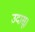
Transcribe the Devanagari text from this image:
उदासू।